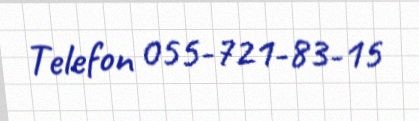
Telefon 055-721-83-15